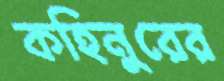
কহিনুরের